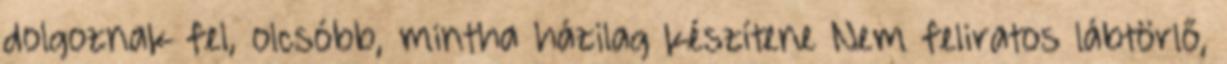
dolgoznak fel, olcsóbb, mintha házilag készítene Nem feliratos lábtörlő,